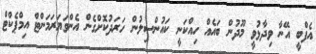
އެފްބީ އޭނާ ވިދާޅުވީ މޫދުން ބައެއް ހިއްކަނީ ކައުންސިލުން ހަރަދުކޮށްގެން އެންވަޔަރަމަންޓް އިމްޕެކްޓް